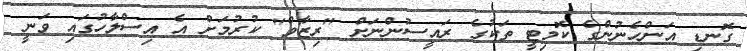
ގޮނޑި އަންހެނުންގެ ކޮމިޓީ ތަކުގެ ރައީސުންނަށް "ރިޒާވް" ކުރުމަށް އެ އިސްލާހުގައި ވަނީ